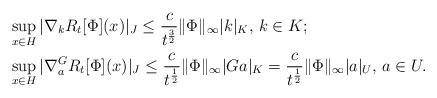
LaTeX: \begin{align*}& \sup_{x \in H}| \nabla_k R_t[\Phi](x) \vert_J \leq \frac{c}{t^{\frac{3}{2}}}\Vert \Phi\Vert_\infty\vert k\vert_K,\,k\in K;\\ & \sup_{x \in H} \vert \nabla^G_{a} R_t[\Phi](x) \vert_J \leq \frac{c}{t^{\frac{1}{2}}}\Vert \Phi\Vert_\infty\vert G a \vert_{K} = \frac{c}{t^{\frac{1}{2}}}\Vert \Phi\Vert_\infty\vert a \vert_{U},\, a \in U. \end{align*}